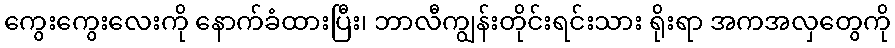
ကွေးကွေးလေးကို နောက်ခံထားပြီး၊ ဘာလီကျွန်းတိုင်းရင်းသား ရိုးရာ အကအလှတွေကို